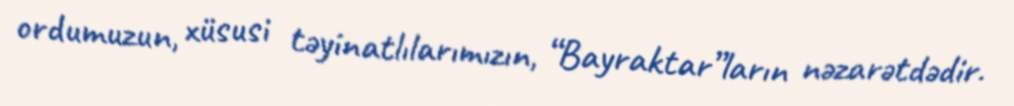
ordumuzun, xüsusi təyinatlılarımızın, “Bayraktar”ların nəzarətdədir.